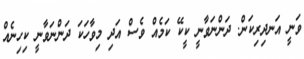
ވަނީ އަނދިރިކަން. ދަންނަވާނީ ކީކޭ ކަމެއް ވެސް އަދި މިވާހަކަ ދަންނަވާނީ ކިހިނެއް